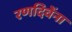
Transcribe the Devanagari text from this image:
रणदिवेंना